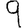
Digit: 9